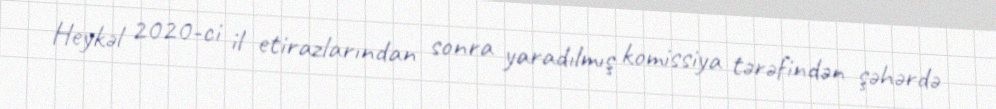
Heykəl 2020-ci il etirazlarından sonra yaradılmış komissiya tərəfindən şəhərdə